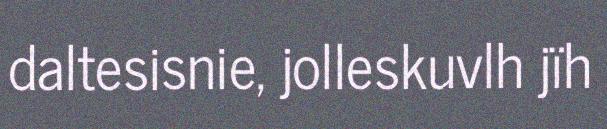
daltesisnie, jolleskuvlh jïh